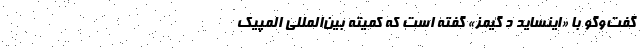
گفت‌وگو با «اینساید دِ گیمز» گفته است که کمیته بین‌المللی المپیک